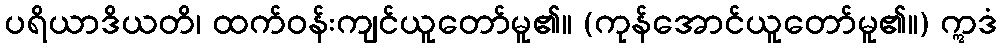
ပရိယာဒိယတိ၊ ထက်ဝန်းကျင်ယူတော်မူ၏။ (ကုန်အောင်ယူတော်မူ၏။) ဣဒံ